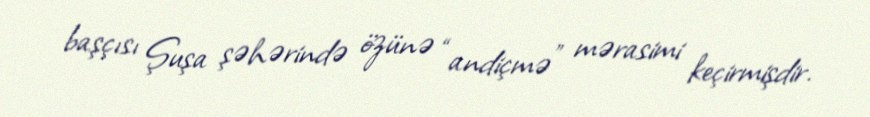
başçısı Şuşa şəhərində özünə “andiçmə” mərasimi keçirmişdir.